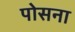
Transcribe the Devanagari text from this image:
पोसना